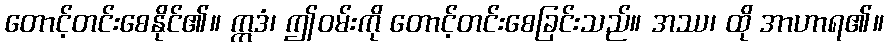
တောင့်တင်းစေနိုင်၏။ ဣဒံ၊ ဤဝမ်းကို တောင့်တင်းစေခြင်းသည်။ အဿ၊ ထို အာဟာရ၏။